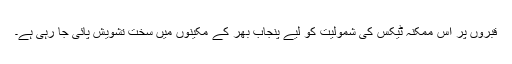
قبروں پر اس ممکنہ ٹیکس کی شمولیت کو لیے پنجاب بھر کے مکینوں میں سخت تشویش پائی جا رہی ہے۔